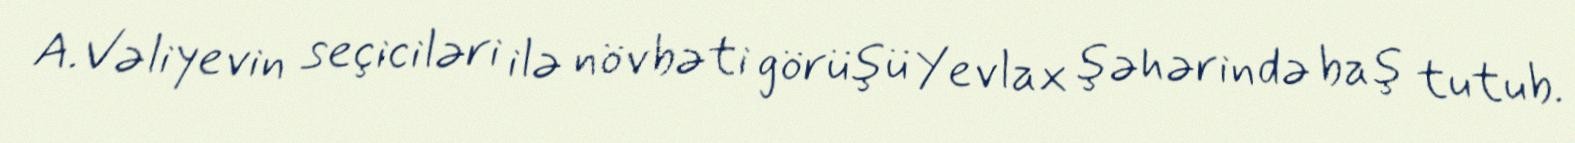
A.Vəliyevin seçiciləri ilə növbəti görüşü Yevlax şəhərində baş tutub.